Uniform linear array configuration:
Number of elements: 4
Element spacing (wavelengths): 0.5
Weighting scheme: uniform
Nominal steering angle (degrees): -30
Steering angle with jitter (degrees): -31.487
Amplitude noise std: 0.05
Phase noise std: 0.05

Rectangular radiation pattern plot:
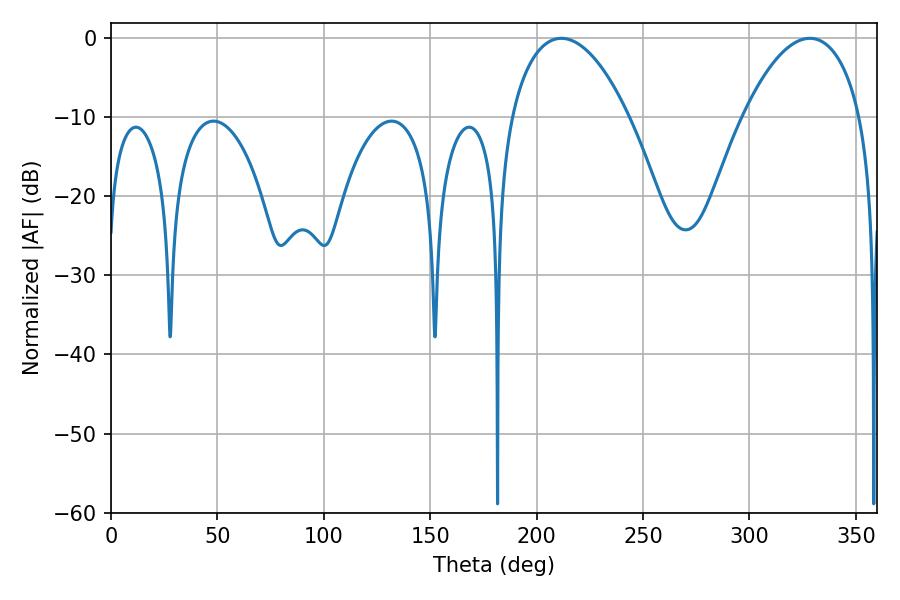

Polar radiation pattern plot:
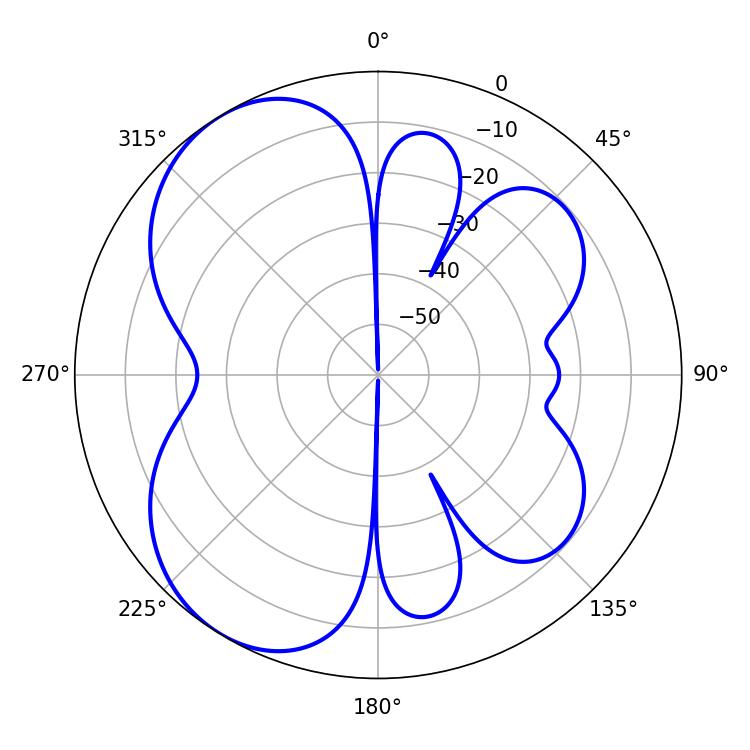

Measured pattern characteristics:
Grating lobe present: FALSE
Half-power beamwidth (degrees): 30.96
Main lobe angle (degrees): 328.32